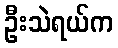
ဦးသဲရယ်က